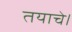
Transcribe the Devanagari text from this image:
तयाचे।